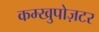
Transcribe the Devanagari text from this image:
कम्खुपोज़टर